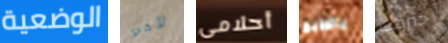
الوضعية لأخي أحلامى بالطبع إحترقت